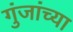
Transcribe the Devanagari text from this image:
गुंजांच्या